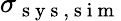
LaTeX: \sigma_{\mathrm{~s~y~s~,~s~i~m~}}